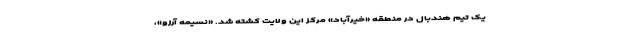
یک تیم هندبال در منطقه «خیرآباد» مرکز این ولایت کشته شد. «نسیمه آرزو»،